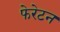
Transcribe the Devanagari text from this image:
फेरेटन